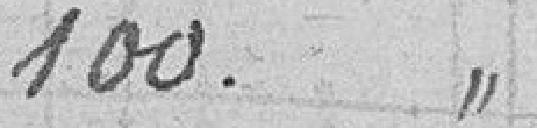
100. "